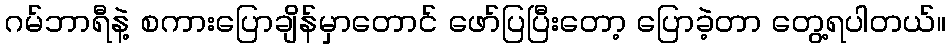
ဂမ်ဘာရီနဲ့ စကားပြောချိန်မှာတောင် ဖော်ပြပြီးတော့ ပြောခဲ့တာ တွေ့ရပါတယ်။